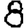
Digit: 8